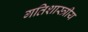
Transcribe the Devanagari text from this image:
गतिशास्त्रीय